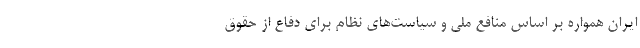
ایران همواره بر اساس منافع ملی و سیاست‌های نظام برای دفاع از حقوق